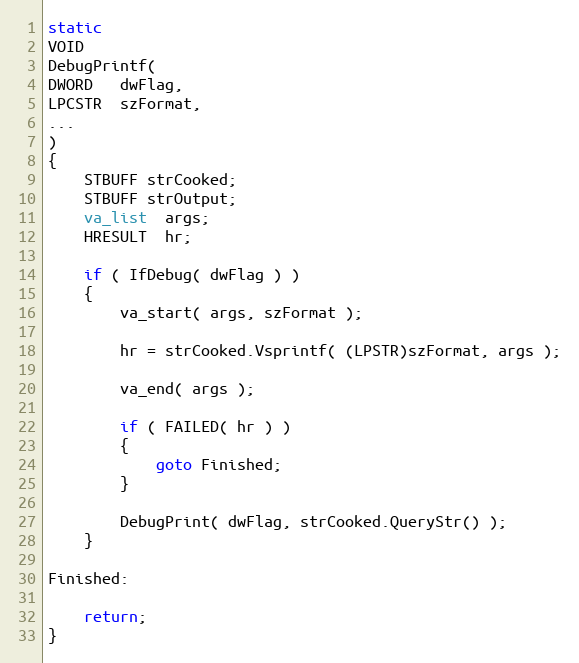
Language: C
static
VOID
DebugPrintf(
DWORD   dwFlag,
LPCSTR  szFormat,
...
)
{
    STBUFF strCooked;
    STBUFF strOutput;
    va_list  args;
    HRESULT  hr;

    if ( IfDebug( dwFlag ) )
    {
        va_start( args, szFormat );

        hr = strCooked.Vsprintf( (LPSTR)szFormat, args );

        va_end( args );

        if ( FAILED( hr ) )
        {
            goto Finished;
        }

        DebugPrint( dwFlag, strCooked.QueryStr() );
    }

Finished:

    return;
}